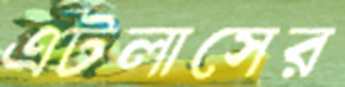
এটলাসের